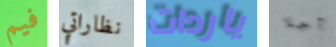
فيم نظاراتي ياردات آجلا